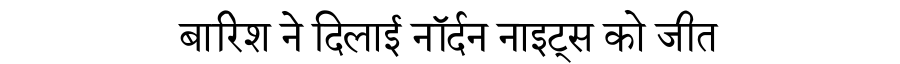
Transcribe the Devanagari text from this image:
बारिश ने दिलाई नॉर्दन नाइट्स को जीत